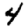
Digit: 4